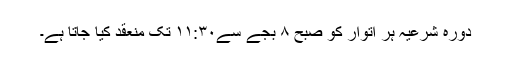
دورہ شرعیہ ہر اتوار کو صبح ۸ بجے سے۱۱:۳۰ تک منعقد کیا جاتا ہے۔